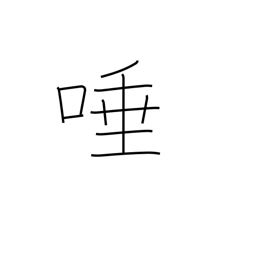
Meaning: saliva